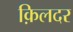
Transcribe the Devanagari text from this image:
क़िलदर